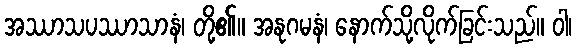
အဿာသပဿာသာနံ၊ တို့၏။ အနုဂမနံ၊ နောက်သို့လိုက်ခြင်းသည်။ ဝါ၊